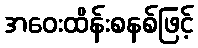
အဝေးထိန်းစနစ်ဖြင့်